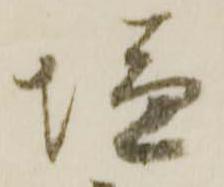
塩